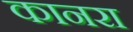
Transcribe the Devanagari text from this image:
कानरा